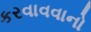
કરવાવવાનો